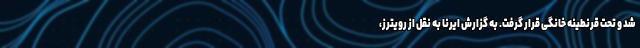
شد و تحت قرنطینه خانگی قرار گرفت. به گزارش ایرنا به نقل از رویترز،